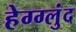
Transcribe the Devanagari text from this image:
हेग्ग्लुंद